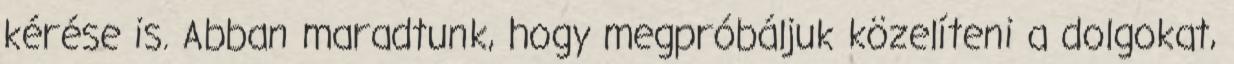
kérése is. Abban maradtunk, hogy megpróbáljuk közelíteni a dolgokat,